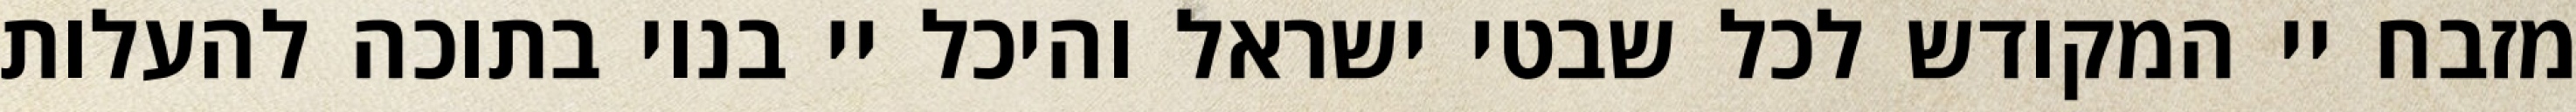
מזבח יי המקודש לכל שבטי ישראל והיכל יי בנוי בתוכה להעלות